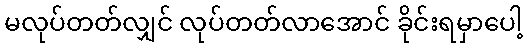
မလုပ်တတ်လျှင် လုပ်တတ်လာအောင် ခိုင်းရမှာပေါ့